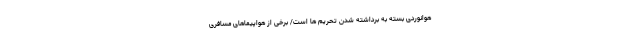
هوانوردی بسته به برداشته شدن تحریم ها است/ برخی از هواپیماهای مسافری